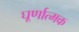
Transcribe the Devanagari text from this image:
घूर्णात्मक